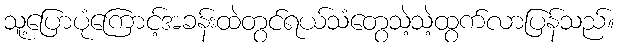
သူ့ပြောပုံကြောင့်အခန်းထဲတွင်ရယ်သံတွေသဲ့သဲ့ထွက်လာပြန်သည်။